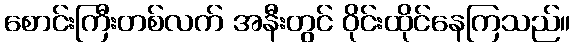
စောင်းကြီးတစ်လက် အနီးတွင် ဝိုင်းထိုင်နေကြသည်။